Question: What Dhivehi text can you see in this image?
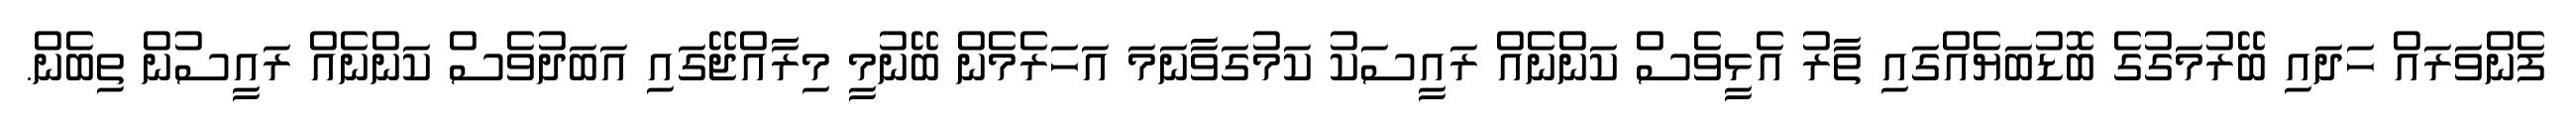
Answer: ފެންވަރައް ހަދައި ބޭރުމަގުގެ ބޮޑުބަޔެއްގައި ތާރު އެޅީވެސް ކަންނެއް ރައީސަކު ކަމުގަވާނަމަ އަހަރެމެން ބޭނުމީ މިރާއްޖޭގައި އަބަދުވެސް ކަންނެއް ރައީސުން ތިބެން.